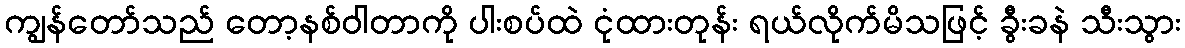
ကျွန်တော်သည် တော့နစ်ဝါတာကို ပါးစပ်ထဲ ငုံထားတုန်း ရယ်လိုက်မိသဖြင့် ခွီးခနဲ သီးသွား